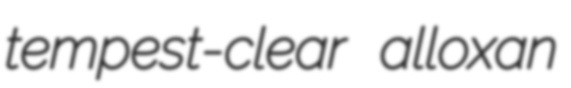
tempest-clear alloxan